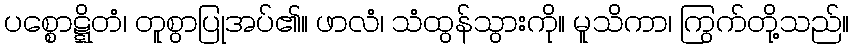
ပစ္စောဋ္ဋိတံ၊ တူစွာပြုအပ်၏။ ဖာလံ၊ သံထွန်သွားကို။ မူသိကာ၊ ကြွက်တို့သည်။